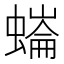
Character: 𧐩